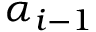
\alpha _ { i - 1 }